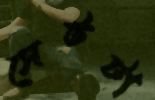
সেটটা